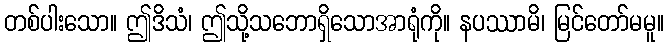
တစ်ပါးသော။ ဤဒိသံ၊ ဤသို့သဘောရှိသောအာရုံကို။ နပဿာမိ၊ မြင်တော်မမူ။